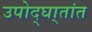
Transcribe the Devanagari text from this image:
उपोद्‌घा्तांत